Plague in India, 1896, 1897 - Volume 2
Year: 1896
Disease focus: Plague
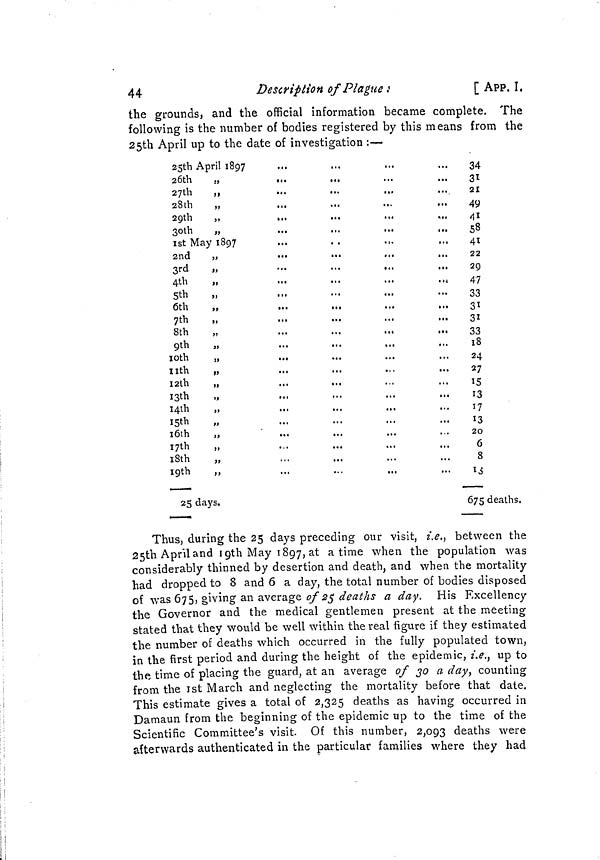
44
Description of Plague ;
[ APP. I,
the grounds, and the official information became complete. The
following is the number of bodies registered by this means from the
25th April up to the date of investigation :—
25th April 1897
26th
,,
...
27th
,,
28th
„
29th
„
30th
»
1st May 1897
2nd
„
3rd
„
4th
„
5th
„
6th
„
7th
8th
9th
„
l0th
„
...
11th
„
12th
„
I3th
I4th
„
I5th
l6th
„
17th
„
18th
„
19th
„
25 days.
34
31
21
49
41
58
41
22
29
47
33
31
31
33
18
24
27
15
13
17
13
20
6
8
13
675 deaths,
Thus, during the 25 days preceding our visit, i.e., between the
25th April and 19th May 1897, at a time when the population was
considerably thinned by desertion and death, and when the mortality
had dropped to 8 and 6 a day, the total number of bodies disposed
of was 675, giving an average 0f 25 deaths a day. His Excellency
the Governor and the medical gentlemen present at the meeting
stated that they would be well within the real figure if they estimated
the number of deaths which occurred in the fully populated town,
in the first period and during the height of the epidemic, i.e., up to
the time of placing the guard, at an average of 30 a day, counting
from the 1st March and neglecting the mortality before that date.
This estimate gives a total of 2,325 deaths as having occurred in
Damaun from the beginning of the epidemic up to the time of the
Scientific Committee's visit. Of this number, 2,093 deaths were
afterwards authenticated in the particular families where they had